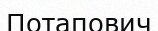
Потапович